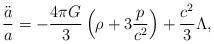
LaTeX: \begin{align*}{\ddot{a}\over a}=-{{4\pi G}\over 3}\left(\rho+3{p\over c^2}\right)+{c^2\over 3}\Lambda,\end{align*}